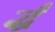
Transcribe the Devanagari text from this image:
र्द्धं